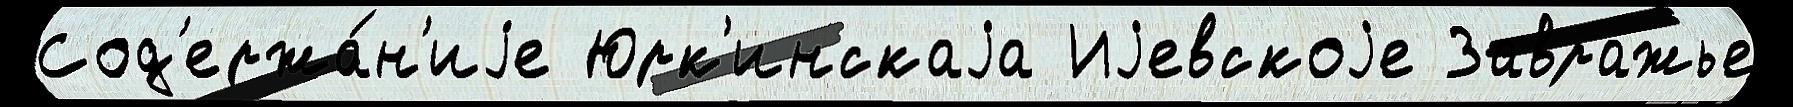
Сод'ержа́н'иjе Юрк'инскаjа Иjевскоjе Завражье